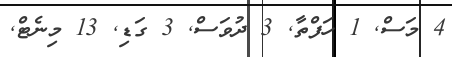
4 މަސް